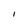
Character: I